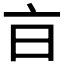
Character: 𣅀